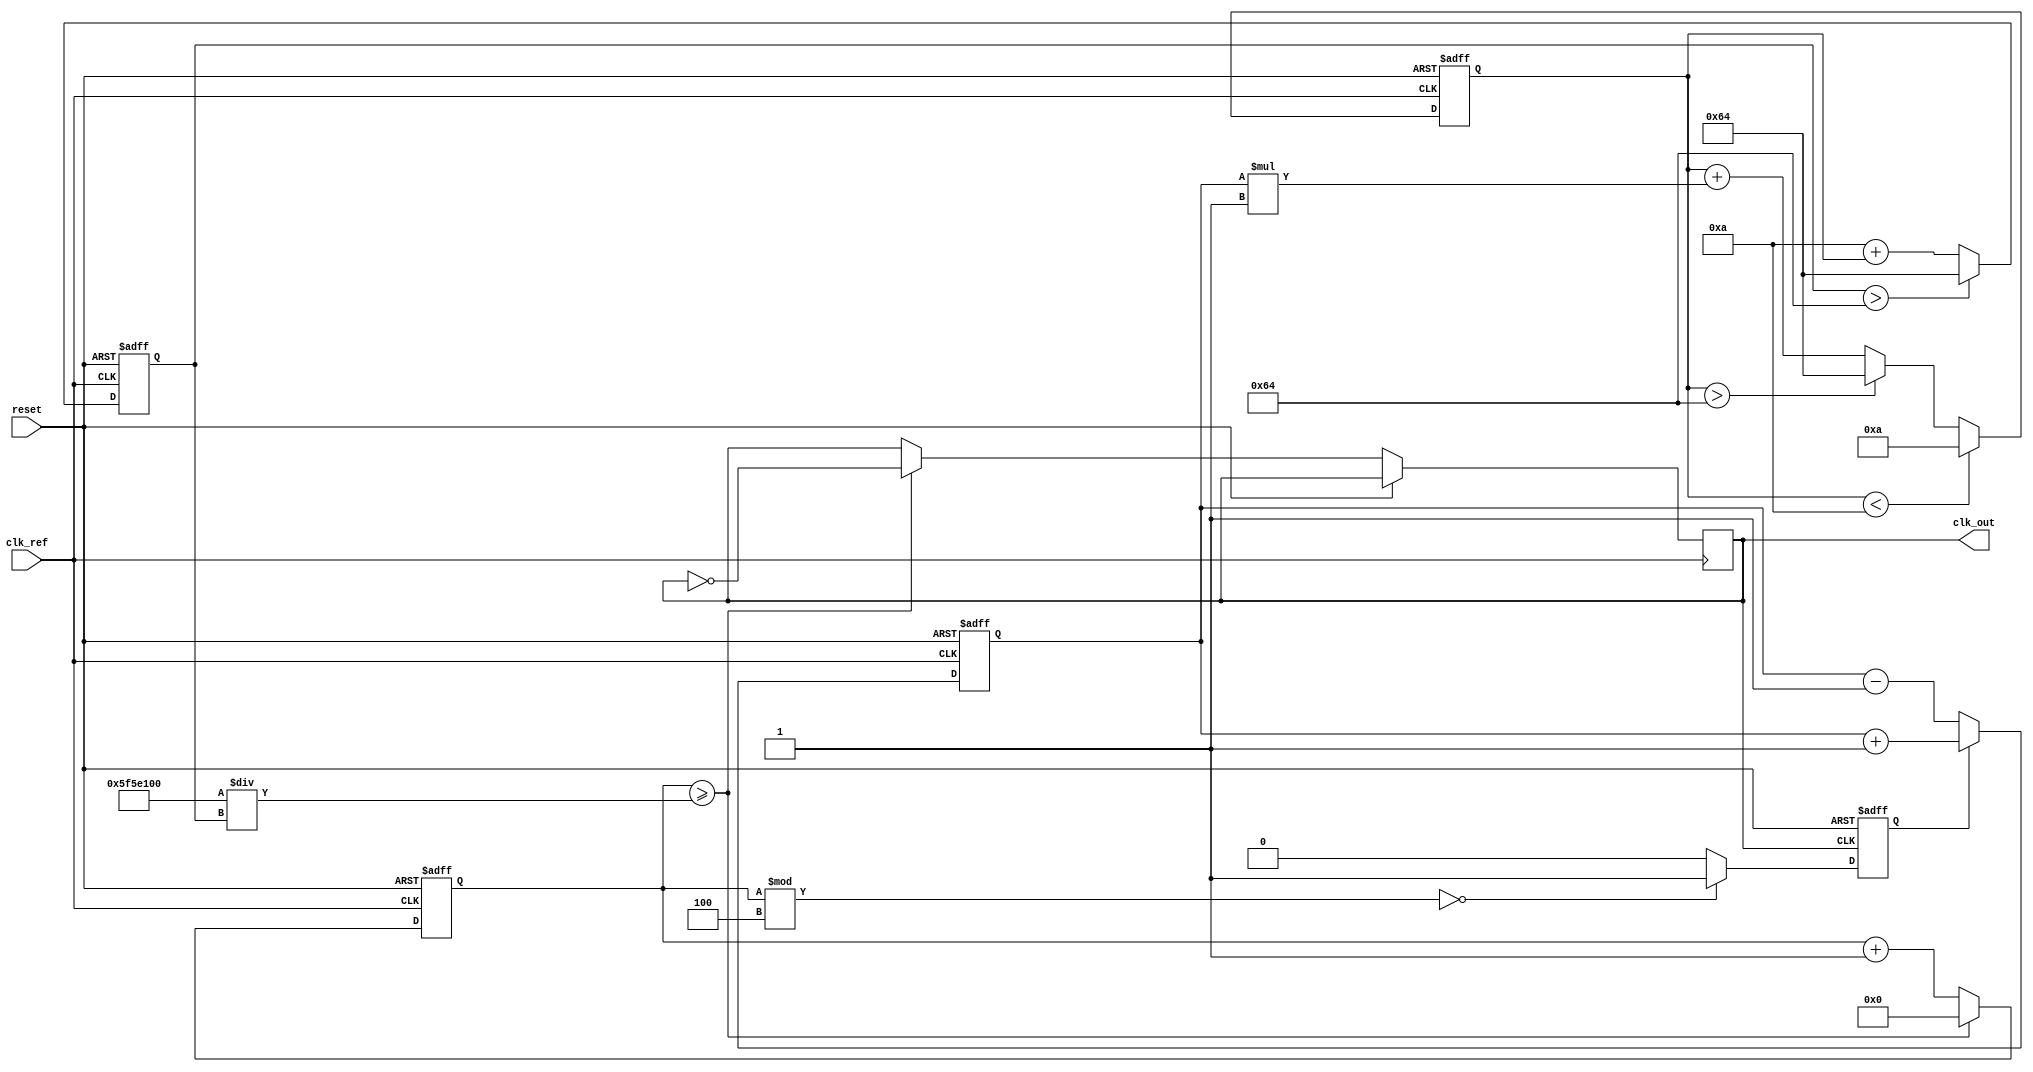
module PLL (
    input wire clk_ref,        // Reference clock input
    input wire reset,          // Reset signal
    output reg clk_out         // Output clock
);

// Parameters
parameter N = 4;              // Frequency division ratio
parameter Kp = 1;             // Proportional gain for Phase Detector
parameter Ki = 1;             // Integral gain for Loop Filter
parameter VCO_MAX = 100;      // Maximum frequency of VCO
parameter VCO_MIN = 10;       // Minimum frequency of VCO

// Internal signals
reg [31:0] phase_error;       // Phase error signal
reg [31:0] control_voltage;    // Control voltage for VCO
reg [31:0] vco_freq;           // Current frequency of VCO
reg [31:0] vco_counter;        // VCO counter for generating output clock
reg feedback;                  // Feedback signal for PD

// Phase Detector (PD)
always @(posedge clk_ref or posedge reset) begin
    if (reset) begin
        phase_error <= 0;
    end else begin
        // Simple phase detection logic (for example)
        if (feedback) begin
            phase_error <= phase_error + Kp; // Phase leads
        end else begin
            phase_error <= phase_error - Kp; // Phase lags
        end
    end
end

// Loop Filter (LF)
always @(posedge clk_ref or posedge reset) begin
    if (reset) begin
        control_voltage <= 0;
    end else begin
        control_voltage <= control_voltage + phase_error * Ki; // Integrate phase error
        // Clamp control voltage within limits
        if (control_voltage > VCO_MAX) control_voltage <= VCO_MAX;
        if (control_voltage < VCO_MIN) control_voltage <= VCO_MIN;
    end
end

// Voltage-Controlled Oscillator (VCO)
always @(posedge clk_ref or posedge reset) begin
    if (reset) begin
        vco_freq <= VCO_MIN; // Start at minimum frequency
        vco_counter <= 0;
    end else begin
        // Adjust VCO frequency based on control voltage
        vco_freq <= VCO_MIN + control_voltage; // Simple linear control
        if (vco_freq > VCO_MAX) vco_freq <= VCO_MAX;

        // Generate output clock based on VCO frequency
        if (vco_counter >= (100000000 / vco_freq)) begin // Assuming 100MHz reference
            clk_out <= ~clk_out;
            vco_counter <= 0;
        end else begin
            vco_counter <= vco_counter + 1;
        end
    end
end

// Feedback Path
always @(posedge clk_out or posedge reset) begin
    if (reset) begin
        feedback <= 0;
    end else begin
        // Simple frequency division by N
        feedback <= (vco_counter % N == 0) ? 1 : 0;
    end
end

endmodule